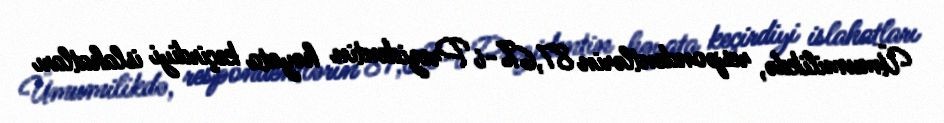
Ümumilikdə, respondentlərin 87,6%-i Prezidentin həyata keçirdiyi islahatları